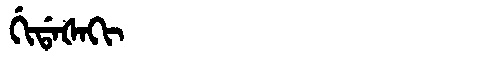
Manchu: ᡤᡳᡩᠠᡧᠠᡴᡳ
Romanization: GIDAŠAKI